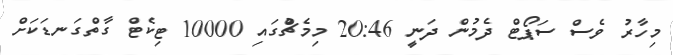
މިހާރު ވެސް ސަޕޯޓް ދެމުން ދަނީ 20:46 މިމެޗްުގައި 10000 ޓިކެޓް ގާތްގަނޑަކަށް